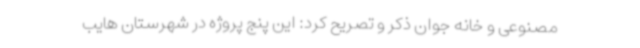
مصنوعی و خانه جوان ذکر و تصریح کرد: این پنج پروژه در شهرستان هایب